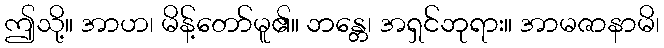
ဤသို့။ အာဟ၊ မိန့်တော်မူ၏။ ဘန္တေ၊ အရှင်ဘုရား။ အာမဇာနာမိ၊